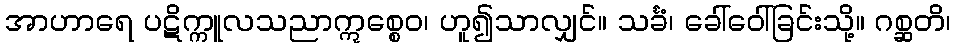
အာဟာရေ ပဋိက္ကူလသညာဣစ္စေဝ၊ ဟူ၍သာလျှင်။ သင်္ခံ၊ ခေါ်ဝေါ်ခြင်းသို့။ ဂစ္ဆတိ၊